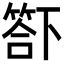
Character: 𥰊